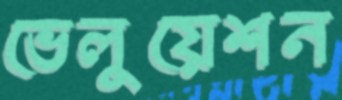
ভেলুয়েশন